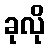
ခုလို